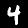
Label: 4